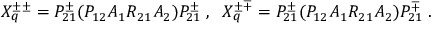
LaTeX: X _ { q } ^ { \pm \pm } = P _ { 2 1 } ^ { \pm } ( P _ { 1 2 } A _ { 1 } R _ { 2 1 } A _ { 2 } ) P _ { 2 1 } ^ { \pm } \; , \; \; X _ { q } ^ { \pm \mp } = P _ { 2 1 } ^ { \pm } ( P _ { 1 2 } A _ { 1 } R _ { 2 1 } A _ { 2 } ) P _ { 2 1 } ^ { \mp } \; .